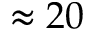
\approx 2 0